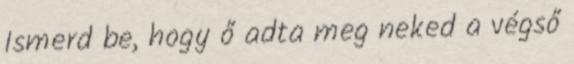
Ismerd be, hogy ő adta meg neked a végső